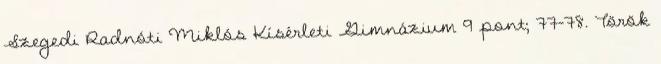
Szegedi Radnóti Miklós Kísérleti Gimnázium 9 pont; 77–78. Török